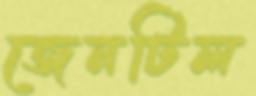
জেনটিল